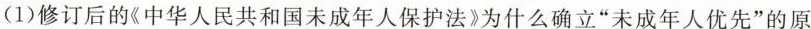
(1)修订后的《中华人民共和国未成年人保护法》为什么确立”未成年人优先”的原